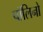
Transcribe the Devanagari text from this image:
पॉलिनो